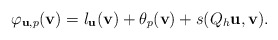
\begin{align*}\varphi_{\textbf{u},p}(\textbf{v})=l_\textbf{u}(\textbf{v})+\theta_p(\textbf{v})+ s(Q_h\textbf{u},\textbf{v}).\end{align*}